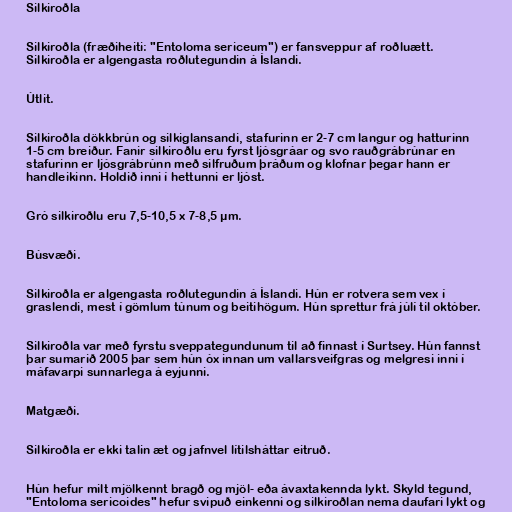
Silkiroðla

Silkiroðla (fræðiheiti: "Entoloma sericeum") er fansveppur af roðluætt.
Silkiroðla er algengasta roðlutegundin á Íslandi.

Útlit.

Silkiroðla dökkbrún og silkiglansandi, stafurinn er 2-7 cm langur og hatturinn
1-5 cm breiður. Fanir silkiroðlu eru fyrst ljósgráar og svo rauðgrábrúnar en
stafurinn er ljósgrábrúnn með silfruðum þráðum og klofnar þegar hann er
handleikinn. Holdið inni í hettunni er ljóst.

Gró silkiroðlu eru 7,5-10,5 x 7-8,5 µm.

Búsvæði.

Silkiroðla er algengasta roðlutegundin á Íslandi. Hún er rotvera sem vex í
graslendi, mest í gömlum túnum og beitihögum. Hún sprettur frá júlí til október.

Silkiroðla var með fyrstu sveppategundunum til að finnast í Surtsey. Hún fannst
þar sumarið 2005 þar sem hún óx innan um vallarsveifgras og melgresi inni í
máfavarpi sunnarlega á eyjunni.

Matgæði.

Silkiroðla er ekki talin æt og jafnvel lítilsháttar eitruð.

Hún hefur milt mjölkennt bragð og mjöl- eða ávaxtakennda lykt. Skyld tegund,
"Entoloma sericoides" hefur svipuð einkenni og silkiroðlan nema daufari lykt og